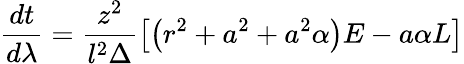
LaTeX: \frac{dt}{d\lambda}=\frac{z^{2}}{l^{2}\Delta}\left[\left(r^{2}+a^{2}+a^{2}\alpha\right)E-a\alpha L\right]